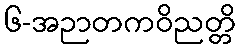
၆-အဉာတကဝိညတ္တိ